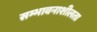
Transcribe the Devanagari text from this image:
सम्भावनाशीलता